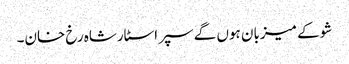
شو کے میزبان ہوں گے سپر اسٹارشاہ رخ خان۔